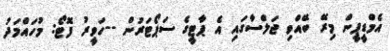
އެމްޑީޕީން މިރޭ ބޭއްވި ޖަލްސާގައި އެ ޕާޓީގެ ސަޕޯޓަރުން --ހަވީރު ފޮޓޯ: މުހައްމަދު